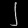
Digit: ၂